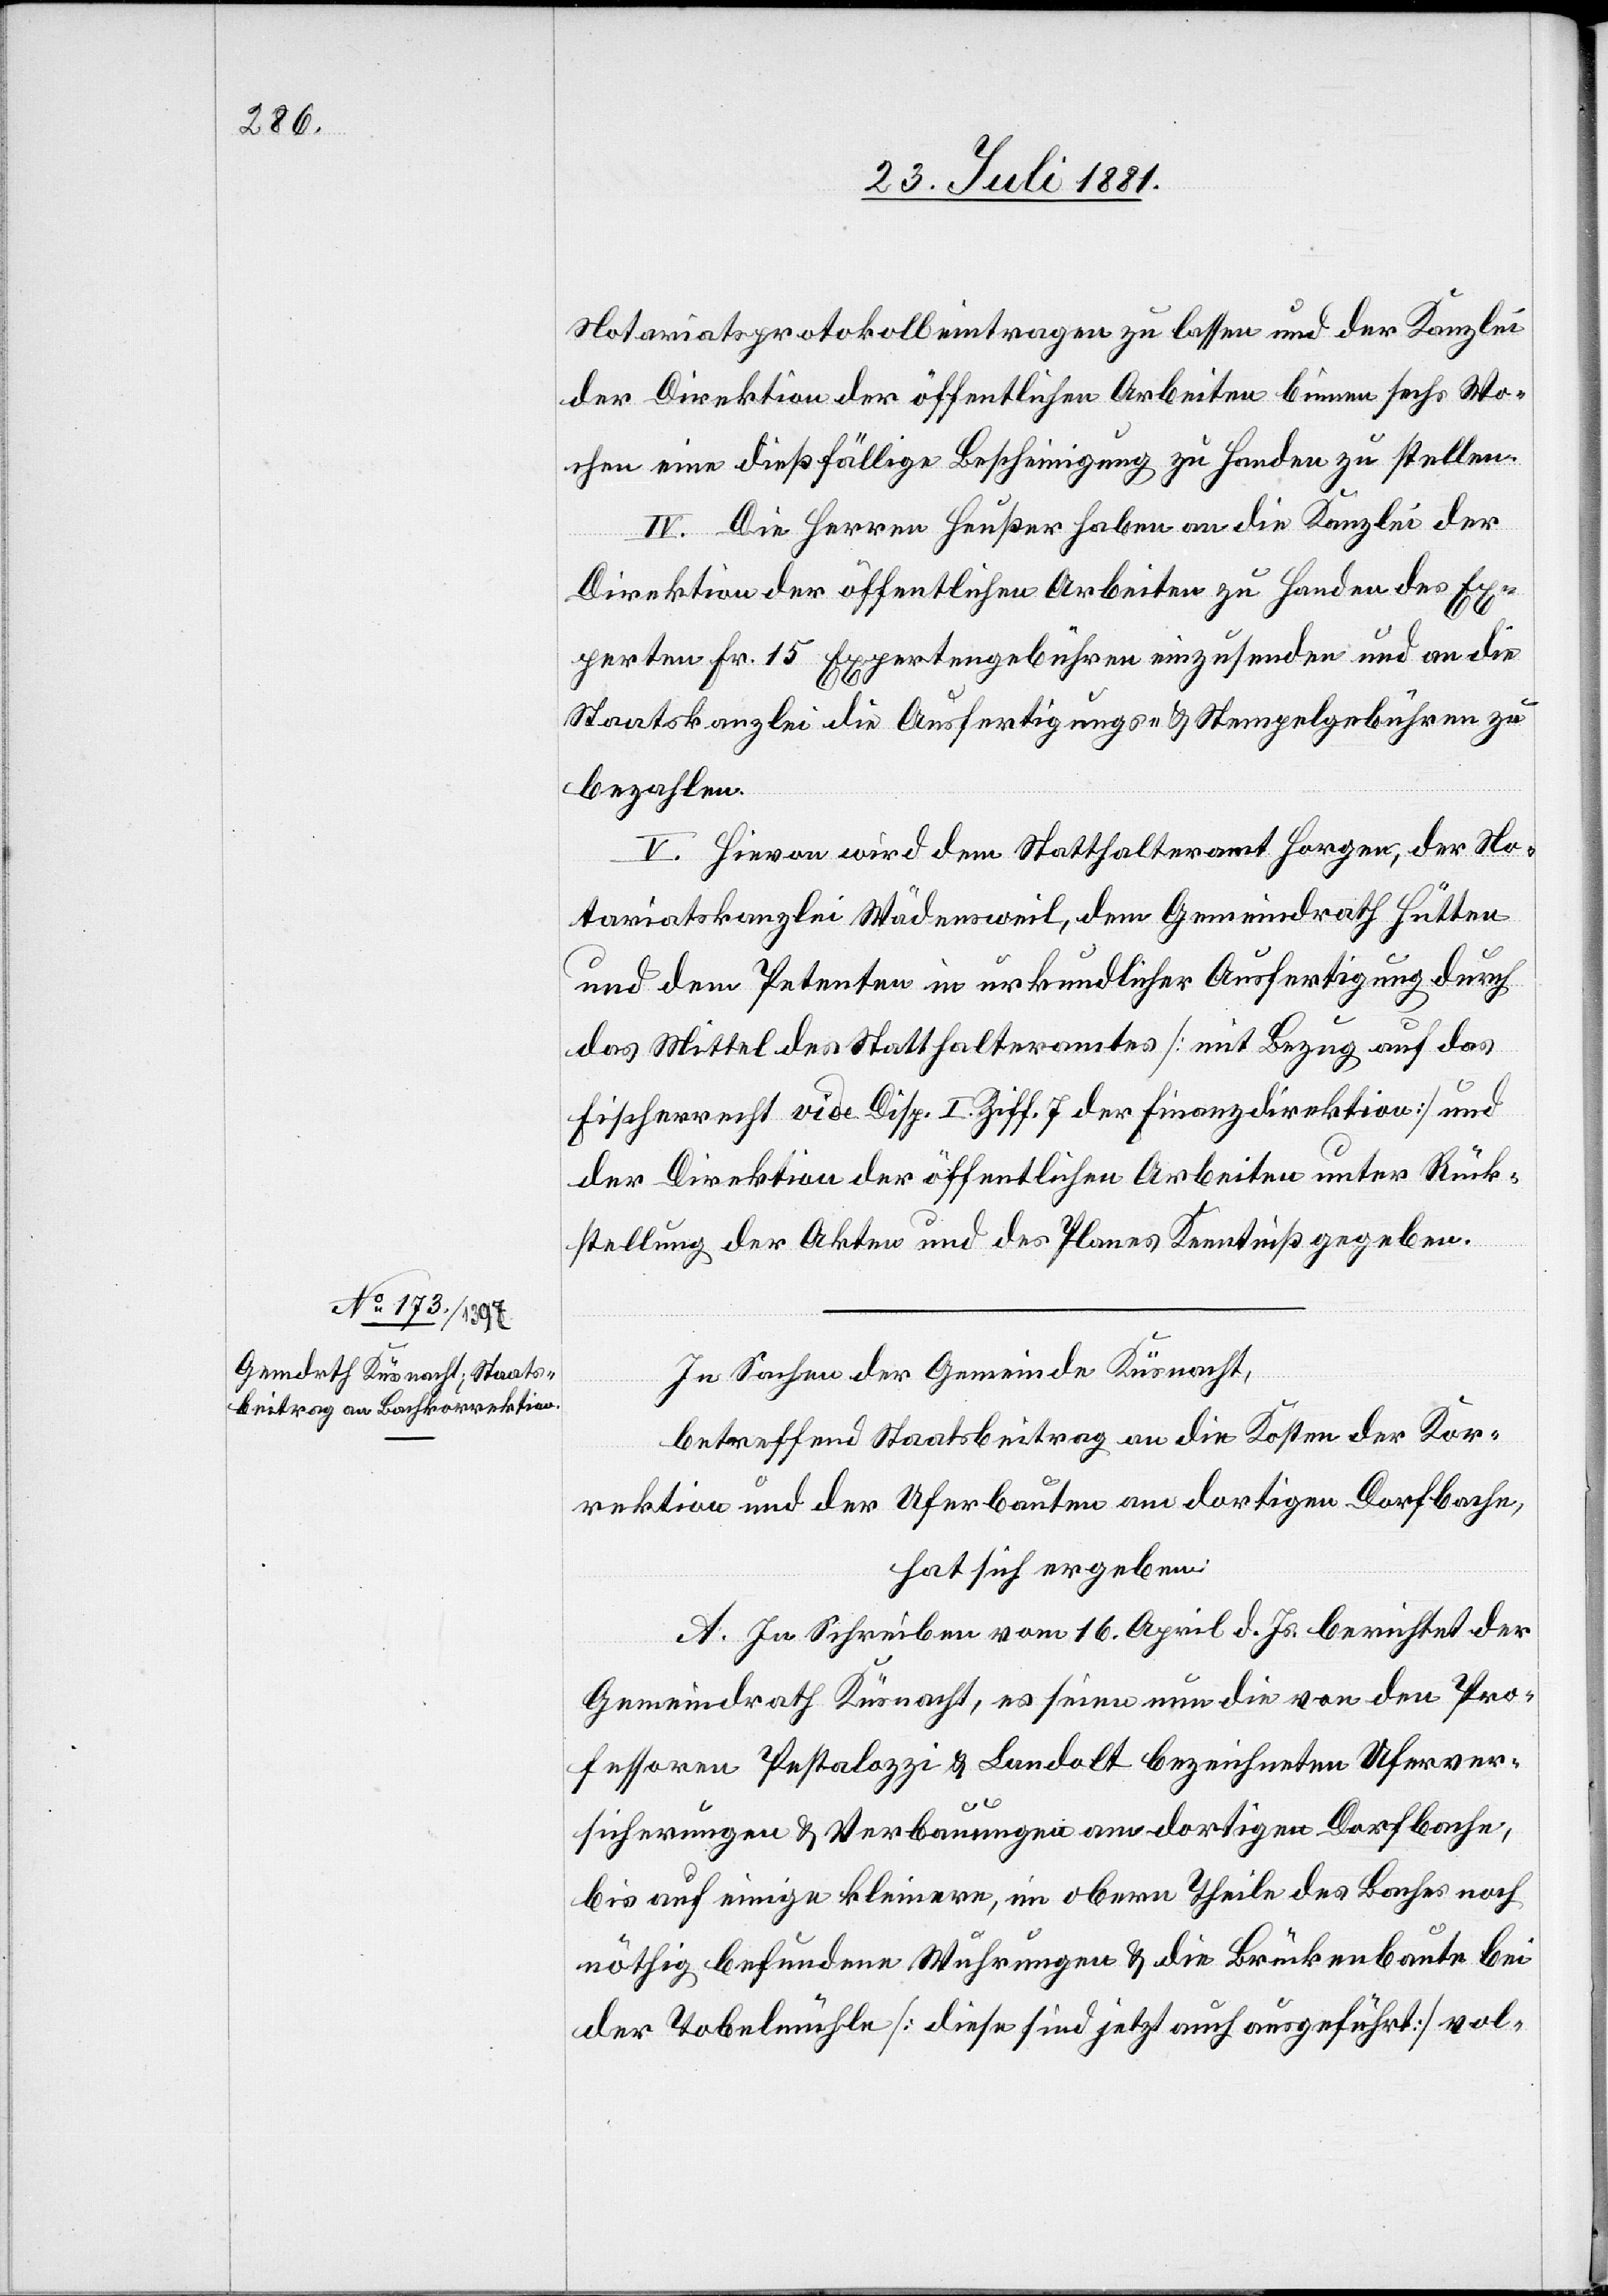
Notariatsprotokoll eintragen zu lassen und der Kanzlei
der Direktion der öffentlichen Arbeiten binnen sechs Wo¬
chen eine dießfällige Bescheinigung zu Handen zu stellen.
IV. Die Herren Heußer haben an die Kanzlei der
Direktion der öffentlichen Arbeiten zu Handen des Ex¬
perten Fr. 15 Expertengebühren einzusenden und an die
Staatskanzlei die Ausfertigungs- & Stempelgebühren zu
bezahlen.
V. Hievon wird dem Statthalteramt Horgen, der No¬
tariatskanzlei Wädensweil, dem Gemeindrath Hütten
und dem Petenten in urkundlicher Ausfertigung durch
das Mittel des Statthalteramtes [mit Bezug auf das
Fischerrecht vide Disp. I. Ziff. 7 der Finanzdirektion] und
der Direktion der öffentlichen Arbeiten unter Rück¬
stellung der Akten und des Planes Kenntniß gegeben.
In Sachen der Gemeinde Küsnacht,
betreffend Staatsbeitrag an die Kosten der Kor¬
rektion und der Uferbauten am dortigen Dorfbache,
hat sich ergeben:
A. In Schreiben vom 16. April d. Js. berichtet der
Gemeindrath Küsnacht, es seien nun die von den Pro¬
fessoren Pestalozzi & Landolt bezeichneten Uferver¬
sicherungen & Verbauungen am dortigen Dorfbache,
bis auf einige kleinere, im obern Theile des Baches noch
nöthig befundenen Wuhrungen & die Brückenbaute bei
der Tobelmühle [diese sind jetzt auch ausgeführt] vol-